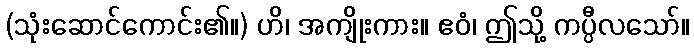
(သုံးဆောင်ကောင်း၏။) ဟိ၊ အကျိုးကား။ ဧဝံ၊ ဤသို့ ကပ္ပီလသော်။